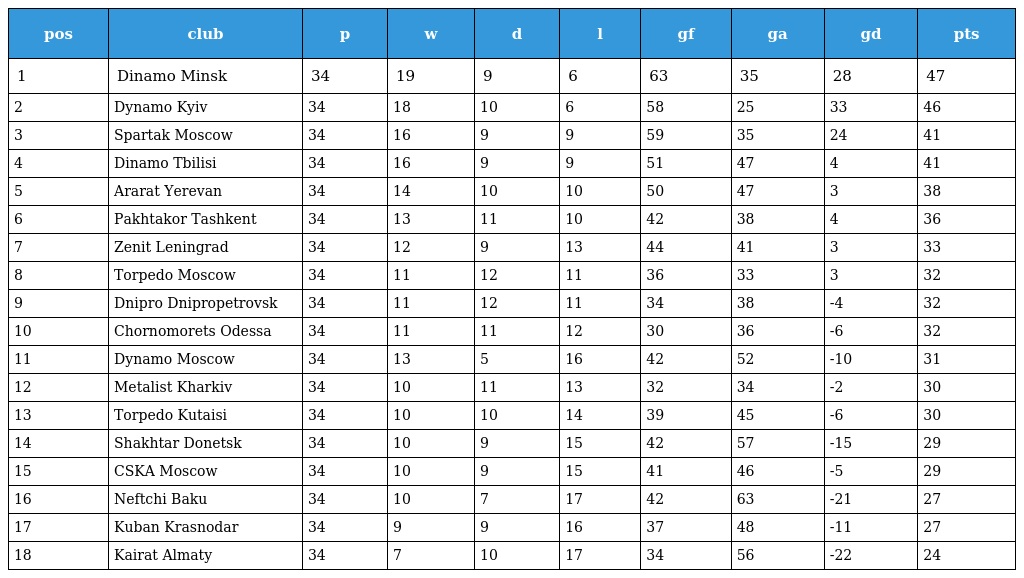
| pos | club | p | w | d | l | gf | ga | gd | pts |
 | --- | --- | --- | --- | --- | --- | --- | --- | --- | --- |
 | 1 | Dinamo Minsk | 34 | 19 | 9 | 6 | 63 | 35 | 28 | 47 |
 | 2 | Dynamo Kyiv | 34 | 18 | 10 | 6 | 58 | 25 | 33 | 46 |
 | 3 | Spartak Moscow | 34 | 16 | 9 | 9 | 59 | 35 | 24 | 41 |
 | 4 | Dinamo Tbilisi | 34 | 16 | 9 | 9 | 51 | 47 | 4 | 41 |
 | 5 | Ararat Yerevan | 34 | 14 | 10 | 10 | 50 | 47 | 3 | 38 |
 | 6 | Pakhtakor Tashkent | 34 | 13 | 11 | 10 | 42 | 38 | 4 | 36 |
 | 7 | Zenit Leningrad | 34 | 12 | 9 | 13 | 44 | 41 | 3 | 33 |
 | 8 | Torpedo Moscow | 34 | 11 | 12 | 11 | 36 | 33 | 3 | 32 |
 | 9 | Dnipro Dnipropetrovsk | 34 | 11 | 12 | 11 | 34 | 38 | -4 | 32 |
 | 10 | Chornomorets Odessa | 34 | 11 | 11 | 12 | 30 | 36 | -6 | 32 |
 | 11 | Dynamo Moscow | 34 | 13 | 5 | 16 | 42 | 52 | -10 | 31 |
 | 12 | Metalist Kharkiv | 34 | 10 | 11 | 13 | 32 | 34 | -2 | 30 |
 | 13 | Torpedo Kutaisi | 34 | 10 | 10 | 14 | 39 | 45 | -6 | 30 |
 | 14 | Shakhtar Donetsk | 34 | 10 | 9 | 15 | 42 | 57 | -15 | 29 |
 | 15 | CSKA Moscow | 34 | 10 | 9 | 15 | 41 | 46 | -5 | 29 |
 | 16 | Neftchi Baku | 34 | 10 | 7 | 17 | 42 | 63 | -21 | 27 |
 | 17 | Kuban Krasnodar | 34 | 9 | 9 | 16 | 37 | 48 | -11 | 27 |
 | 18 | Kairat Almaty | 34 | 7 | 10 | 17 | 34 | 56 | -22 | 24 |